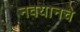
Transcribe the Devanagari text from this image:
नवयानचे